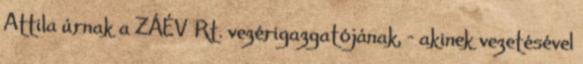
Attila úrnak a ZÁÉV Rt. vezérigazgatójának, - akinek vezetésével